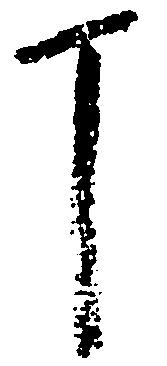
丁